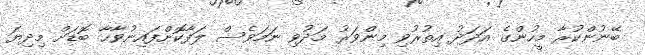
ބޭނުންކުރާ މީހުންގެ އަދަދު އިތުރުވި މިންވަރު މަދުވި ނަމަވެސް ލަފާކޮށްފައިނުވާހާ ބޮޑަށް މިދިޔަ